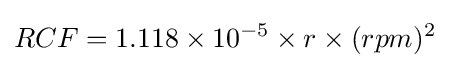
RCF=1.118\times 10^{-5}\times r\times (rpm)^{2}